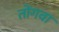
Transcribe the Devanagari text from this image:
तोंगवा